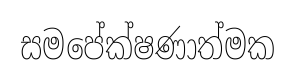
සමපේක්ෂණාත්මක